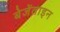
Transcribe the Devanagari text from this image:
बेजेंताइन